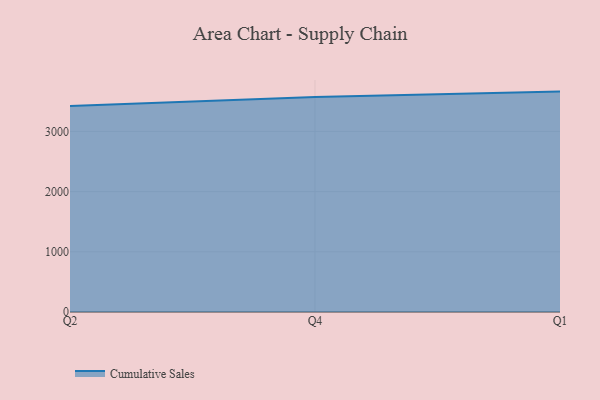
{"axis": {"x": "Quarter", "y": "Conversion Rate (%)"}, "legend": ["Cumulative Sales"], "data": [{"x": "Q2", "y": 3421.7, "type": "Cumulative Sales"}, {"x": "Q4", "y": 3571.6, "type": "Cumulative Sales"}, {"x": "Q1", "y": 3661.5, "type": "Cumulative Sales"}]}